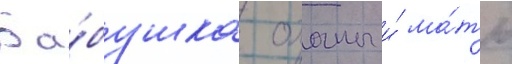
Ба́бушка оханы и́ ма́ть